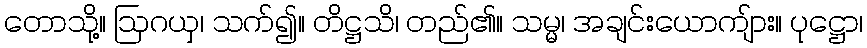
တောသို့။ ဩဂယှ၊ သက်၍။ တိဋ္ဌသိ၊ တည်၏။ သမ္မ၊ အချင်းယောကျ်ား။ ပုဋ္ဌော၊